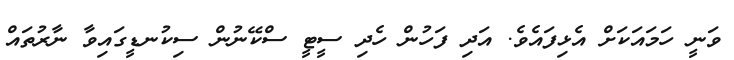
ވަނީ ހަމައަކަށް އެޅިފައެވެ. އަދި ފަހުން ހެދި ސީޓީ ސްކޭނުން ސިކުނޑީގައިވާ ނާރުތައް